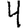
Digit: 4